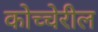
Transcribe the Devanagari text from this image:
कोच्चेरील